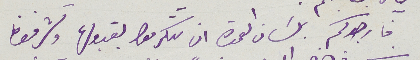
فارجوكم بلسان العمدة ان تتكرموا بقبولها وتشرفونا